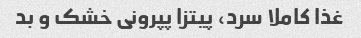
غذا کاملا سرد، پیتزا پپرونى خشک و بد